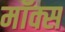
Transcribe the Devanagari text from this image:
मॉक्स